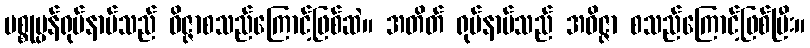
ပစ္စုပ္ပန်ရုပ်နာမ်သည် ဝိဇ္ဇာစသည်ကြောင့်ဖြစ်ဆဲ။ အတိတ် ရုပ်နာမ်သည် အဝိဇ္ဇာ စသည်ကြောင့်ဖြစ်ပြီး။